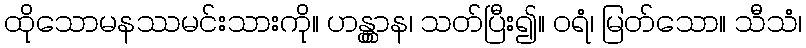
ထိုသောမနဿမင်းသားကို။ ဟန္တွာန၊ သတ်ပြီး၍။ ဝရံ၊ မြတ်သော။ သီသံ၊